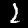
Label: 2